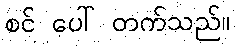
စင် ပေါ် တက်သည်။